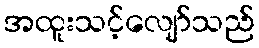
အထူးသင့်လျော်သည်